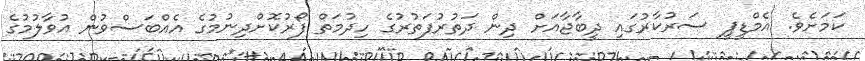
ކަމަށެވެ. އެމްޑީޕީ ސަރުކާރުގައި ދީބާޖާއަށް ދިން ދަތުރުފަތުރުގެ ހިދުމަތް ފޯރުކޮށްދިނުމުގެ އެއްބަސްވުން އުވާލުމުގެ